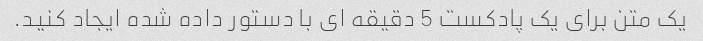
یک متن برای یک پادکست 5 دقیقه ای با دستور داده شده ایجاد کنید.